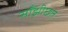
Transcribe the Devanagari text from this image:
साँझीछत